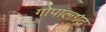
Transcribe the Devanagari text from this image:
गोपालगढ़